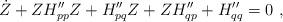
LaTeX: \begin{align*}\dot Z+ZH''_{pp}Z+H''_{pq}Z+ZH''_{qp}+H_{qq}''=0 \ ,\end{align*}